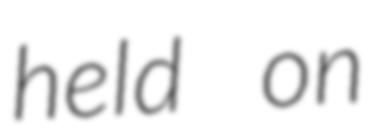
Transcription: held on